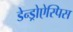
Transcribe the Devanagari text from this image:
डेन्ड्रोऐस्पिस